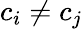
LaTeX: c_{i}\neq c_{j}